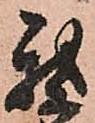
我